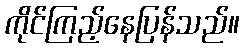
ကိုင်ကြည့်နေပြန်သည်။